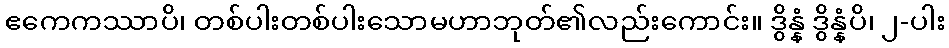
ဧကေကဿာပိ၊ တစ်ပါးတစ်ပါးသောမဟာဘုတ်၏လည်းကောင်း။ ဒွိန္နံ ဒွိန္နံပိ၊ ၂-ပါး